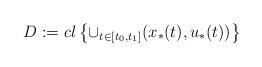
LaTeX: \begin{align*}D:=cl\left \{\cup_{t\in[t_0,t_1]} (x_*(t),u_*(t)) \right\} \end{align*}